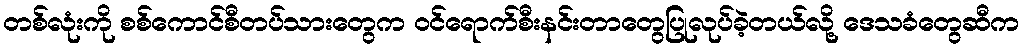
တစ်လုံးကို စစ်ကောင်စီတပ်သားတွေက ဝင်ရောက်စီးနင်းတာတွေပြုလုပ်ခဲ့တယ်လို့ ဒေသခံတွေဆီက